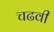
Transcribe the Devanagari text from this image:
चढवी